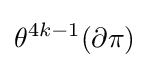
\theta ^{4k-1}(\partial \pi )